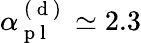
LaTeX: \alpha_{\mathrm{~p~l~}}^{\mathrm{~(~d~)~}}\simeq 2.3